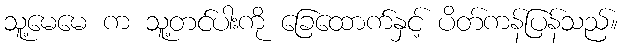
သူ့မေမေ က သူ့တင်ပါးကို ခြေထောက်နှင့် ပိတ်ကန်ပြန်သည်။